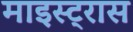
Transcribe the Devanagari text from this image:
माइस्ट्रास